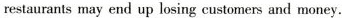
restaurants may end up losing customers and money.